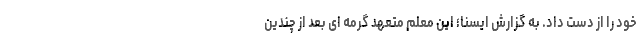
خود را از دست داد. به گزارش ایسنا؛ این معلم متعهد گرمه ای بعد از چندین